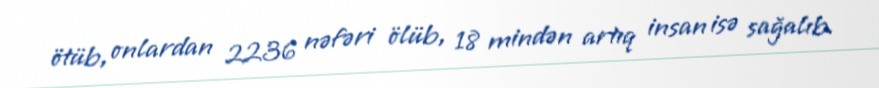
ötüb, onlardan 2236 nəfəri ölüb, 18 mindən artıq insan isə sağalıb.